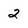
Character: 2